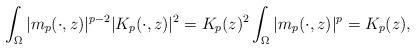
LaTeX: \begin{align*} \int_\Omega |m_p(\cdot,z)|^{p-2}|K_p(\cdot,z)|^2=K_p(z)^2 \int_\Omega |m_p(\cdot,z)|^p= K_p(z), \end{align*}